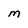
Character: M